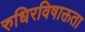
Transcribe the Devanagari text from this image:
रुधिरविषाक्तता